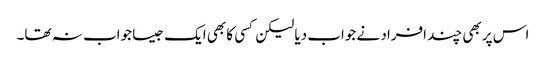
اس پر بھی چند افراد نے جواب دیا لیکن کسی کا بھی ایک جیسا جواب نہ تھا۔